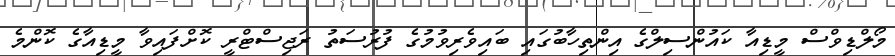
މޯލްޑިވްސް މީޑިއާ ކައުންސިލްގެ އިންތިހާބުގައި ބައިވެރިވުމުގެ ފުރުސަތު ރަޖިސްޓްރީ ކޮށްފައިވާ މީޑިއާގެ ކޮންމެ